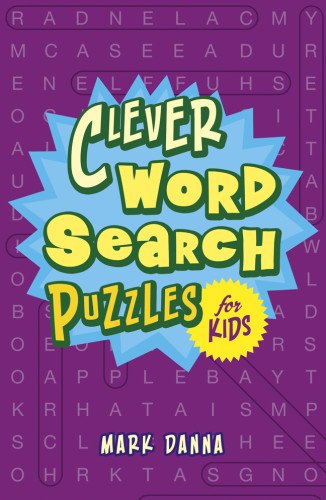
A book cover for Clever Word Search Puzzles for Kids; Mark Danna; Teen & Young Adult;